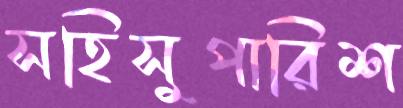
সহিসুপারিশ